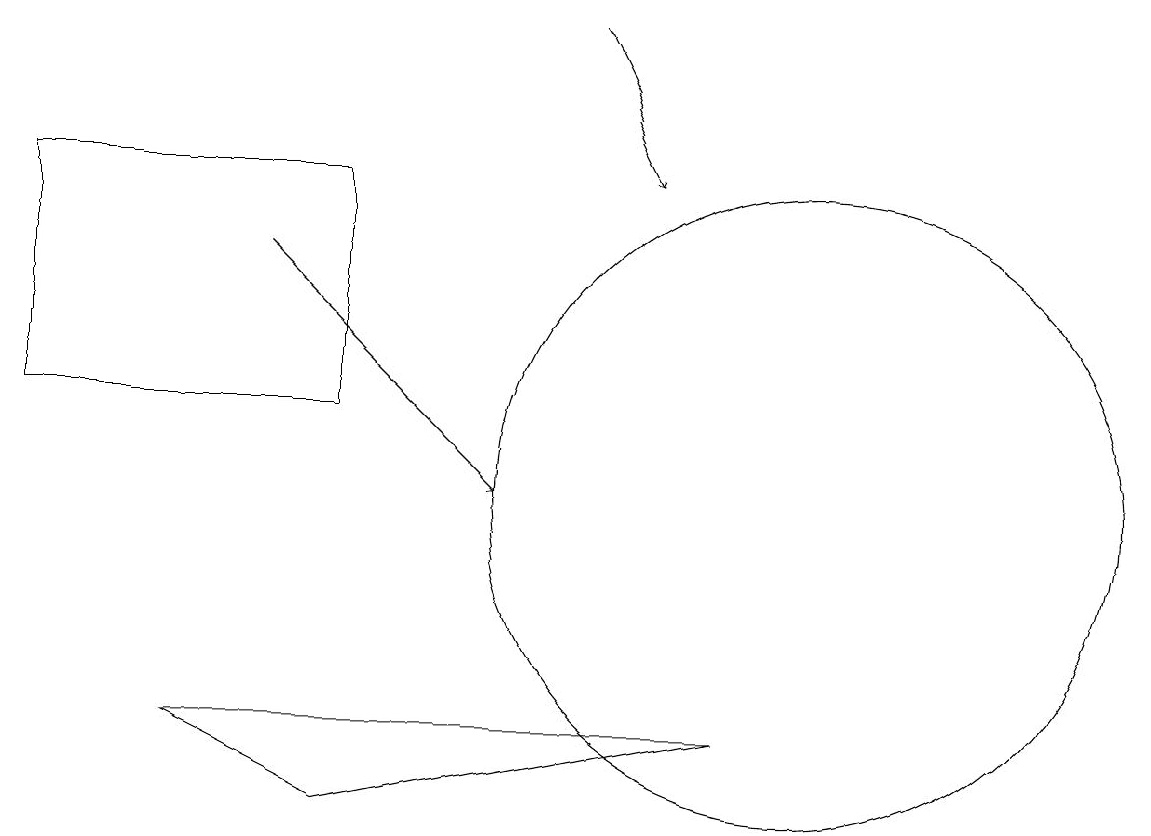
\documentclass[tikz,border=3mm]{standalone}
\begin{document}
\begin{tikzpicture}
\draw[->] (3,14) -- (6,11);
\draw (4,7) -- (2,8) -- (9,8) -- cycle;
\draw[->] (7,17) -- (8,15);
\draw (10,11) circle (4);
\draw (0,12) rectangle (4,15);
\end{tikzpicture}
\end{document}